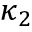
\, \kappa _ { 2 }